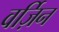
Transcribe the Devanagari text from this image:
वर्ज़िन